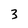
Character: 3